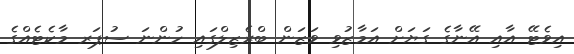
އިވެޓޭ އާއި އޭނާގެ ގަޔަށް އަމާޒުވި ވަޒަން ބްރެޒިލްގައި ހުންނަ ސުޕަރ މާކެޓެއްގެ